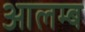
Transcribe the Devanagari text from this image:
आलम्ब